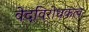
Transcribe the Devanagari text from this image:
वेदविरोधकत्व